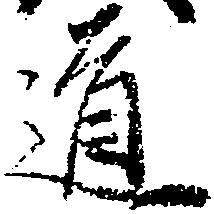
道